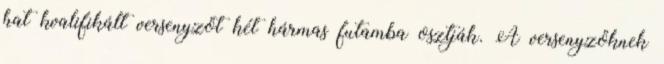
hat kvalifikált versenyzőt két hármas futamba osztják. A versenyzőknek